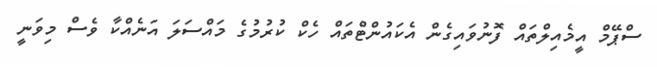
ސްޕޭމް އީމެއިލްތައް ފޮނުވައިގެން އެކައުންޓްތައް ހެކް ކުރުމުގެ މައްސަލަ އަނެއްކާ ވެސް މިވަނީ